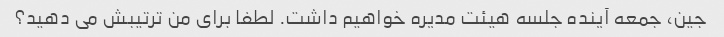
جین، جمعه آینده جلسه هیئت مدیره خواهیم داشت. لطفا برای من ترتیبش می دهید؟